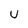
Character: U